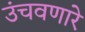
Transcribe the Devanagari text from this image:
उंचवणारे